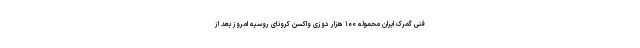
فنی گمرک ایران محموله ۱۰۰ هزار دوزی واکسن کرونای روسیه امروز بعد از